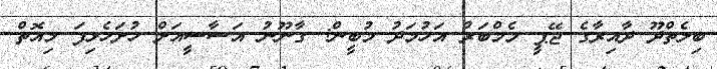
ބިލެތްދޫ ދާއިރާގެ ޖޭޕީ މެމްބަރު އަހުމަދު މުބީން: ގާނޫނު އަސާސީއަށް ހުށަހެޅިފަ މިއޮތް